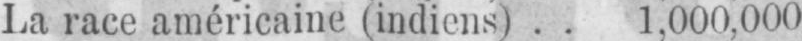
La race américaine (indiens) .. 1.000,000